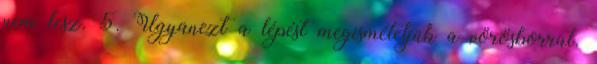
nem lesz. 5. Ugyanezt a lépést megismételjük a vörösborral.